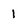
Character: 1